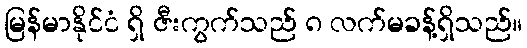
မြန်မာနိုင်ငံ ရှိ ဇီးကွက်သည် ၈ လက်မခန့်ရှိသည်။